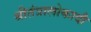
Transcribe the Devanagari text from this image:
श्रीतंत्रालोकादौ